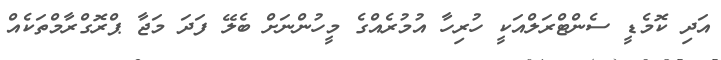
އަދި ކޮމެޑީ ސެންޓްރަލްއަކީ ހުރިހާ އުމުރެއްގެ މީހުންނަށް ބެލޭ ފަދަ މަޖާ ޕްރޮގްރާމްތަކެއް